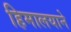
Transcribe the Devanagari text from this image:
हिमालयाने